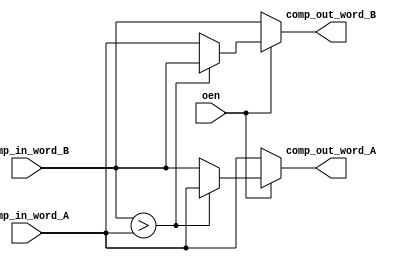
`timescale 1ns / 1ps
//////////////////////////////////////////////////////////////////////////////////
// Company: 
// Engineer: 
// 
// Design Name: 
// Module Name:    comparator 
// Project Name: 
// Target Devices: 
// Tool versions: 
// Description: 
//
// Dependencies: 
//
// Revision: 
// Revision 0.01 - File Created
// Additional Comments: 
//
//////////////////////////////////////////////////////////////////////////////////
module comparator #(
	parameter DATA_WIDTH = 8 
    )(
    input oen,
    input [DATA_WIDTH - 1 : 0] comp_in_word_A,
    input [DATA_WIDTH - 1 : 0] comp_in_word_B,
    output [DATA_WIDTH - 1 : 0] comp_out_word_A,
    output [DATA_WIDTH - 1 : 0] comp_out_word_B
    );

    assign comp_out_word_A = (oen) ? ((comp_in_word_B > comp_in_word_A) ? comp_in_word_A : comp_in_word_B) : comp_in_word_A;
    assign comp_out_word_B = (oen) ? ((comp_in_word_B > comp_in_word_A) ? comp_in_word_B : comp_in_word_A) : comp_in_word_B;

endmodule

module decoder #(
	parameter ADR_WIDTH = 3
	)(
	input [ADR_WIDTH - 1 : 0] decoder_i,
	output [2**ADR_WIDTH - 1 : 0] decoder_o
	);

	localparam [2**ADR_WIDTH - 1 : 0] mask = 32'hAAAAAAAA;

	reg [ADR_WIDTH - 1 : 0] decoder_i_prev = 0;
	reg [2**ADR_WIDTH - 1 : 0] decoder_o_r = 0;
	assign decoder_o = decoder_o_r;

	always @(decoder_i) begin
		decoder_o_r = mask >> 2**ADR_WIDTH - decoder_i;
	end

endmodule